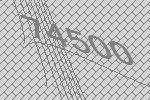
74500